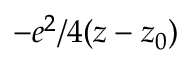
- e ^ { 2 } / 4 ( z - z _ { 0 } )